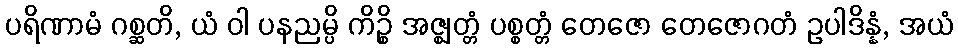
ပရိဏာမံ ဂစ္ဆတိ, ယံ ဝါ ပနညမ္ပိ ကိဉ္စိ အဇ္ဈတ္တံ ပစ္စတ္တံ တေဇော တေဇောဂတံ ဥပါဒိန္နံ, အယံ